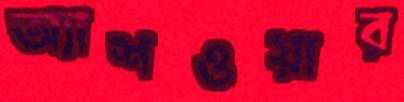
অ্যাশওয়ার